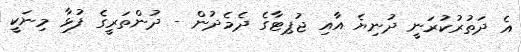
އެ ދަތުރުކުރަނީ ދުނިޔެ އާއި ޖުޕިޓާގެ ދެމެދުން - ދުންތަރީގެ ފުޅާ މިނަކީ